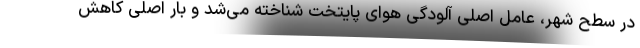
در سطح شهر، عامل اصلی آلودگی هوای پایتخت شناخته می‌شد و بار اصلی کاهش